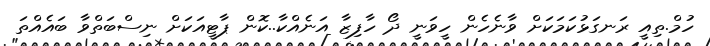
ހުމް.ތިއީ ރަނގަޅުކަމަކަށް ވާނެހެން ހީވަނީ ދޯ ހާފިޒާ އަނެއްކާ..ކޮން ޕާޓީއަކަށް ނިސްބަތްވާ ބައެއްތަ